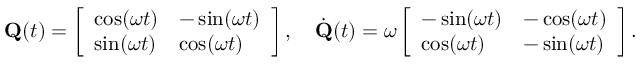
\mathbf { Q } ( t ) = \left[ \begin{array} { l l } { \cos ( \omega t ) } & { - \sin ( \omega t ) } \\ { \sin ( \omega t ) } & { \cos ( \omega t ) } \end{array} \right] , \quad \dot { \mathbf { Q } } ( t ) = \omega \left[ \begin{array} { l l } { - \sin ( \omega t ) } & { - \cos ( \omega t ) } \\ { \cos ( \omega t ) } & { - \sin ( \omega t ) } \end{array} \right] .